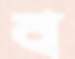
ব